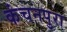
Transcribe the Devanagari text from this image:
कंचनपुरा